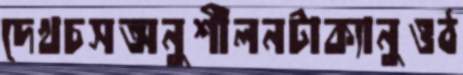
দেখচসঅনুশীলনটাক্যানুওঠ